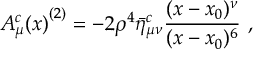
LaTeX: { A _ { \mu } ^ { c } ( x ) } ^ { ( 2 ) } = - 2 \rho ^ { 4 } \bar { \eta } _ { \mu \nu } ^ { c } { \frac { ( x - x _ { 0 } ) ^ { \nu } } { ( x - x _ { 0 } ) ^ { 6 } } } ~ ,